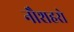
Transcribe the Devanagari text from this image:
नौशहरो